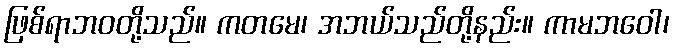
ဖြစ်ရာဘဝတို့သည်။ ကတမေ၊ အဘယ်သည်တို့နည်း။ ကာမဘဝေါ၊